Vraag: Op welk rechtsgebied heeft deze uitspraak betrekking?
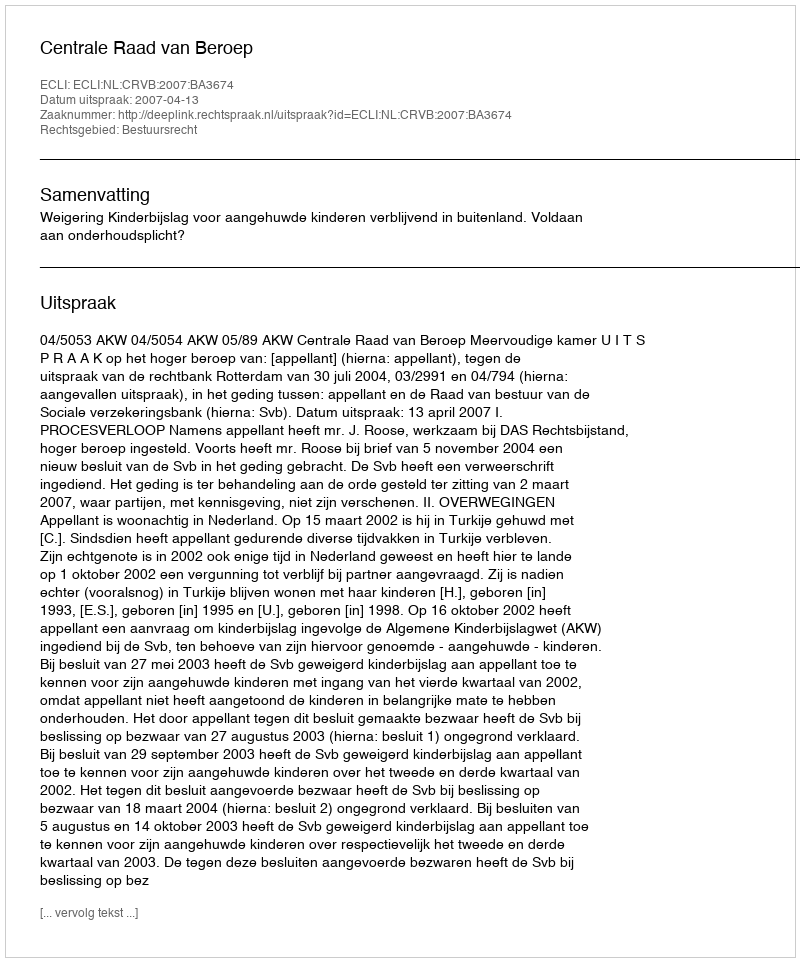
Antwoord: Bestuursrecht